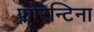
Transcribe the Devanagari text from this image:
फ्लोरेन्टिना